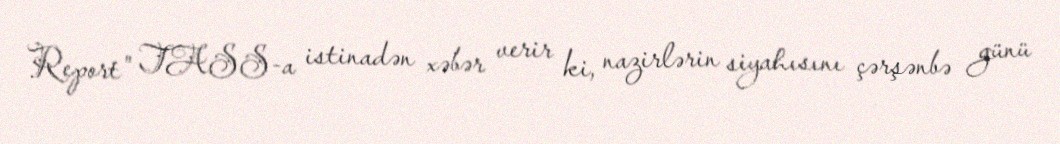
Report" TASS-a istinadən xəbər verir ki, nazirlərin siyahısını çərşənbə günü